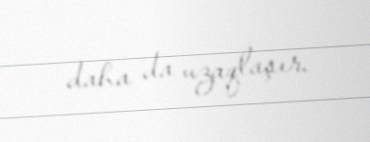
daha da uzaqlaşır.